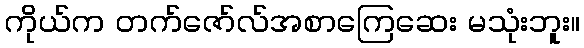
ကိုယ်က တက်ဇော်လ်အစာကြေဆေး မသုံးဘူး။